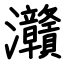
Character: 灨